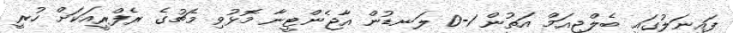
ފައިނަލުގައި ބެލްޖިއަމް އަތުން 1-0 ލަނޑުން އާޖެންޓީނާ މޮޅުވި މެޗުގެ ރެފްރީއަކަށް ހުރީ